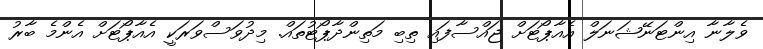
ވެލާނާ އިންޓަނޭޝަނަލް އެއާޕޯޓަށް ޖައްސާފައި ތިބި މަތިންދާޕޯޓުތައް. މިދުވަސްވަރަކީ އެއާޕޯޓަށް އެންމެ ބާރު